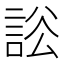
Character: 𧧡